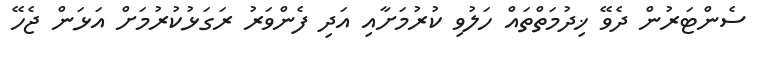
ސެންޓަރުން ދެވޭ ޚިދުމަތްތައް ހަލުވި ކުރުމަށާއި އަދި ފެންވަރު ރަގަޅުކުރުމަށް އަޅަން ޖެހޭ